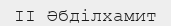
II Әбділхамит